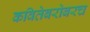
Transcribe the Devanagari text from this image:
कवितेबरोबरच